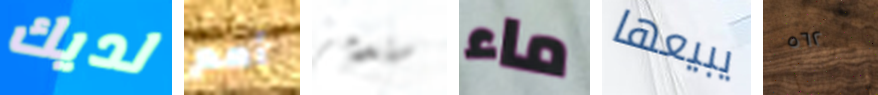
لديك أمم ستدمر ماء يبيعها ٥٦٢